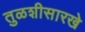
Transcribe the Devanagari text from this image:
तुळशीसारखे